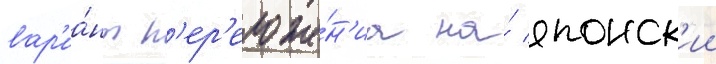
вар'иа́нт п'ер'еложе́н'иа на́ японск'ии